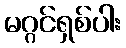
မဂ္ဂင်ရှစ်ပါး